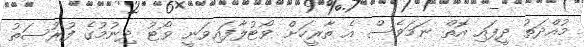
މުއްދަތު ދީފައި އޮތް ނަމަވެސް އެ ތާރީހަށް ވޯޓުލާފައިވަނީ ވޯޓު ދިނުމުގެ ފުރުސަތު